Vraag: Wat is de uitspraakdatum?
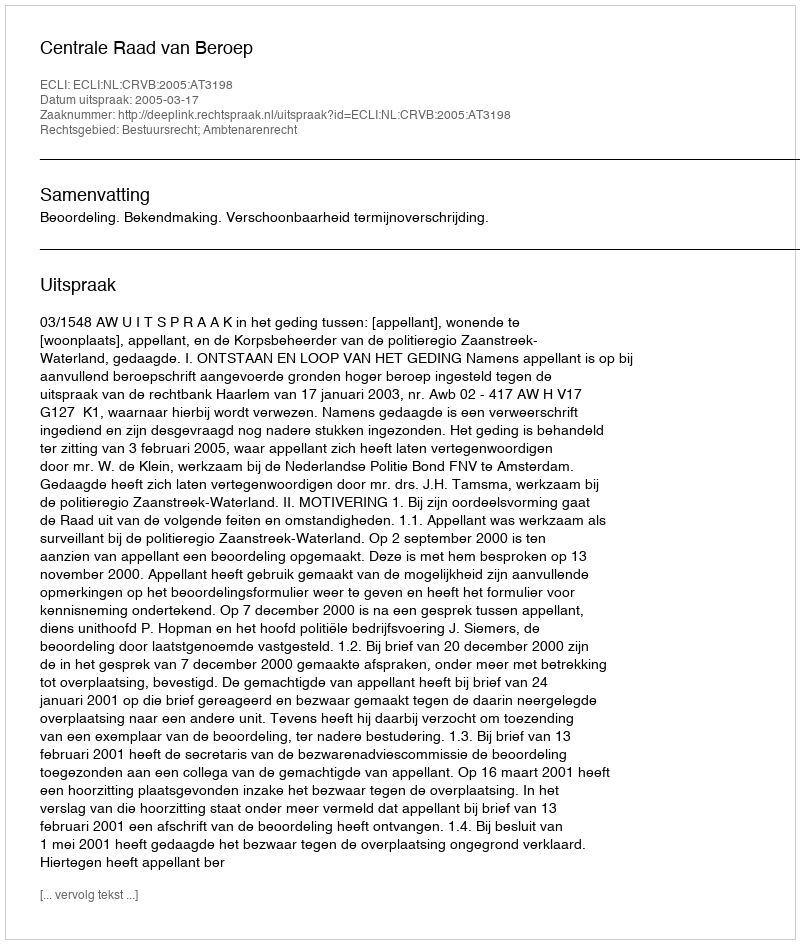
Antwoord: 2005-03-17